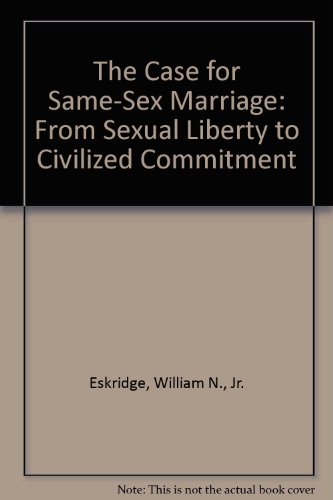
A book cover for The Case for Same-sex marriage: From Sexual Liberty to Civilized Commitment; Williams Eskridge Jr.; Gay & Lesbian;